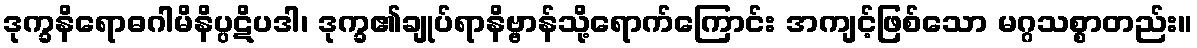
ဒုက္ခနိရောဓဂါမိနိပ္ပဋိပဒါ၊ ဒုက္ခ၏ချုပ်ရာနိဗ္ဗာန်သို့ရောက်ကြောင်း အကျင့်ဖြစ်သော မဂ္ဂသစ္စာတည်း။